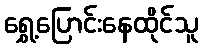
ရွှေ့ပြောင်းနေထိုင်သူ